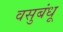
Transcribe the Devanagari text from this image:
वसुबंधू